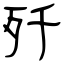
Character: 歼